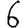
Digit: 6